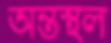
অন্তস্থল